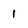
Character: 1